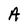
Character: A